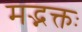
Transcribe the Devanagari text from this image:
मद्भक्तः